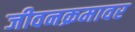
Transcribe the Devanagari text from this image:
जीवनक्रमावर